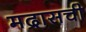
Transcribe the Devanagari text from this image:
मद्रासची